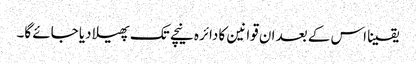
یقینا اس کے بعد ان قوانین کا دائرہ نیچے تک پھیلا دیا جائے گا۔